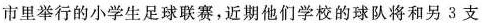
市里举行的小学生足球联赛，近期他们学校的球队将和另3支